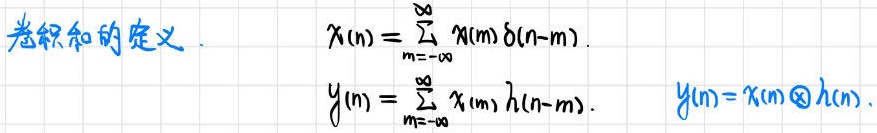
卷积和的定义.
\[
x(n)=\sum_{m = -\infty}^{\infty}x(m)\delta(n - m).
\]
\[
y(n)=\sum_{m = -\infty}^{\infty}x(m)h(n - m).
\]
\[
y(n)=x(n)\textcircledast h(n).
\]